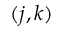
( j , k )